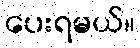
ပေးရမယ်။